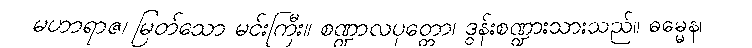
မဟာရာဇ၊ မြတ်သော မင်းကြီး။ စဏ္ဍာလပုတ္တော၊ ဒွန်းစဏ္ဍားသားသည်။ ဓမ္မေန၊